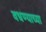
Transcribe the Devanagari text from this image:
वधण्याच्या